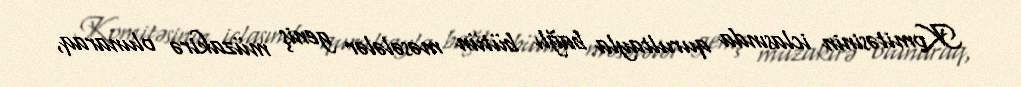
Komitəsinin iclasında qurultayla bağlı bütün məsələlər geniş müzakirə olunaraq,